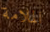
الملامة